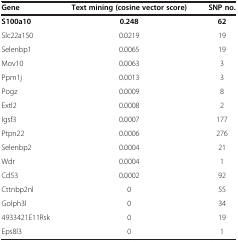
<table><thead><tr><td><b>Gene</b></td><td><b>Text mining (cosine vector score)</b></td><td><b>SNP no.</b></td></tr></thead><tbody><tr><td><b>S100a10</b></td><td><b>0.248</b></td><td><b>62</b></td></tr><tr><td>Slc22a150</td><td>0.0219</td><td>19</td></tr><tr><td>Selenbp1</td><td>0.0065</td><td>19</td></tr><tr><td>Mov10</td><td>0.0063</td><td>3</td></tr><tr><td>Ppm1j</td><td>0.0013</td><td>3</td></tr><tr><td>Pogz</td><td>0.0009</td><td>8</td></tr><tr><td>Extl2</td><td>0.0008</td><td>2</td></tr><tr><td>Igsf3</td><td>0.0007</td><td>177</td></tr><tr><td>Ptpn22</td><td>0.0006</td><td>276</td></tr><tr><td>Selenbp2</td><td>0.0004</td><td>21</td></tr><tr><td>Wdr</td><td>0.0004</td><td>1</td></tr><tr><td>Cd53</td><td>0.0002</td><td>92</td></tr><tr><td>Cttnbp2nl</td><td>0</td><td>55</td></tr><tr><td>Golph3l</td><td>0</td><td>34</td></tr><tr><td>4933421E11Rsk</td><td>0</td><td>19</td></tr><tr><td>Eps8l3</td><td>0</td><td>1</td></tr></tbody></table>